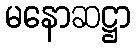
မနောဆဋ္ဌာ